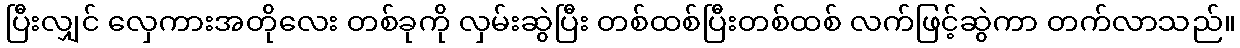
ပြီးလျှင် လှေကားအတိုလေး တစ်ခုကို လှမ်းဆွဲပြီး တစ်ထစ်ပြီးတစ်ထစ် လက်ဖြင့်ဆွဲကာ တက်လာသည်။